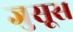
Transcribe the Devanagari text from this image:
जुसूस